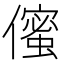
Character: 𠏷